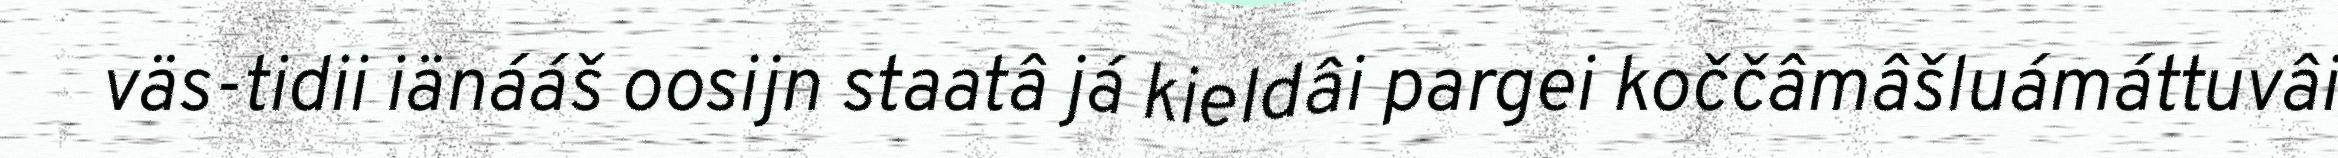
väs-tidii iänááš oosijn staatâ já kieldâi pargei koččâmâšluámáttuvâi